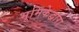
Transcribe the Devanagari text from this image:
भूमिकेद्वारा